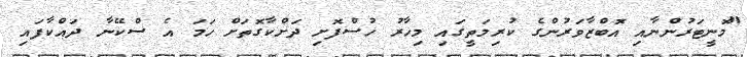
"މޮނީޓަރުންނާއި އޮބްޒާވަރުންގެ ކުރިމަތީގައި މިހާރު ހުސްފޮށި ދަށްކާގޮތަށް ހަމަ އެ ސްކޭނާ ދައްކާފައި